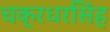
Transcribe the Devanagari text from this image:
चक्रधरसिंह